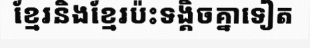
ខ្មែរនិងខ្មែរប៉ះទង្គិចគ្នាទៀត